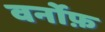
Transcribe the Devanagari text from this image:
वर्नोफ़